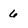
Character: 6